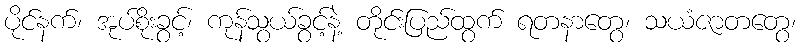
ပိုင်နက်၊ အုပ်စိုးခွင့်၊ ကုန်သွယ်ခွင့်နဲ့ တိုင်းပြည်ထွက် ရတနာတွေ၊ သယံဇာတတွေ၊